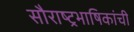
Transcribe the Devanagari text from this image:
सौराष्ट्रभाषिकांची